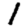
Digit: 1